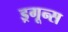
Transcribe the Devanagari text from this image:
ड्रगून्स